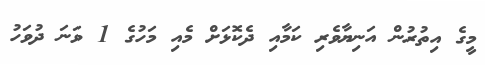
މީގެ އިތުރުން އަނިޔާވެރި ކަމާއި ދެކޮޅަށް މެއި މަހުގެ 1 ވަނަ ދުވަހު